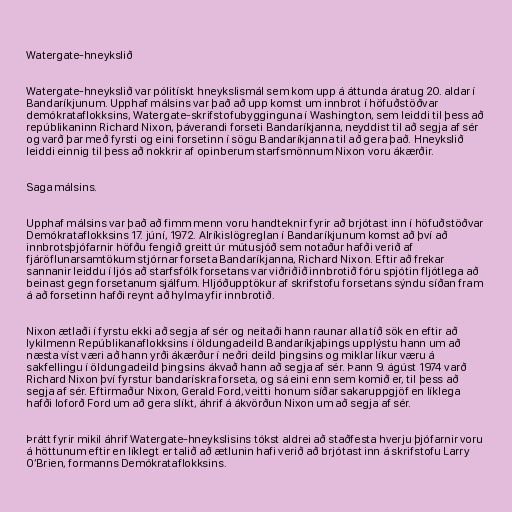
Watergate-hneykslið

Watergate-hneykslið var pólitískt hneykslismál sem kom upp á áttunda áratug 20. aldar í
Bandaríkjunum. Upphaf málsins var það að upp komst um innbrot í höfuðstöðvar
demókrataflokksins, Watergate-skrifstofubygginguna í Washington, sem leiddi til þess að
repúblikaninn Richard Nixon, þáverandi forseti Bandaríkjanna, neyddist til að segja af sér
og varð þar með fyrsti og eini forsetinn í sögu Bandaríkjanna til að gera það. Hneykslið
leiddi einnig til þess að nokkrir af opinberum starfsmönnum Nixon voru ákærðir.

Saga málsins.

Upphaf málsins var það að fimm menn voru handteknir fyrir að brjótast inn í höfuðstöðvar
Demókrataflokksins 17. júní, 1972. Alríkislögreglan í Bandaríkjunum komst að því að
innbrotsþjófarnir höfðu fengið greitt úr mútusjóð sem notaður hafði verið af
fjáröflunarsamtökum stjórnar forseta Bandaríkjanna, Richard Nixon. Eftir að frekar
sannanir leiddu í ljós að starfsfólk forsetans var viðriðið innbrotið fóru spjótin fljótlega að
beinast gegn forsetanum sjálfum. Hljóðupptökur af skrifstofu forsetans sýndu síðan fram
á að forsetinn hafði reynt að hylma yfir innbrotið.

Nixon ætlaði í fyrstu ekki að segja af sér og neitaði hann raunar alla tíð sök en eftir að
lykilmenn Repúblikanaflokksins í öldungadeild Bandaríkjaþings upplýstu hann um að
næsta víst væri að hann yrði ákærður í neðri deild þingsins og miklar líkur væru á
sakfellingu í öldungadeild þingsins ákvað hann að segja af sér. Þann 9. ágúst 1974 varð
Richard Nixon því fyrstur bandarískra forseta, og sá eini enn sem komið er, til þess að
segja af sér. Eftirmaður Nixon, Gerald Ford, veitti honum síðar sakaruppgjöf en líklega
hafði loforð Ford um að gera slíkt, áhrif á ákvörðun Nixon um að segja af sér.

Þrátt fyrir mikil áhrif Watergate-hneykslisins tókst aldrei að staðfesta hverju þjófarnir voru
á höttunum eftir en líklegt er talið að ætlunin hafi verið að brjótast inn á skrifstofu Larry
O‘Brien, formanns Demókrataflokksins.